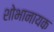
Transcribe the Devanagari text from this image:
शोभानायक